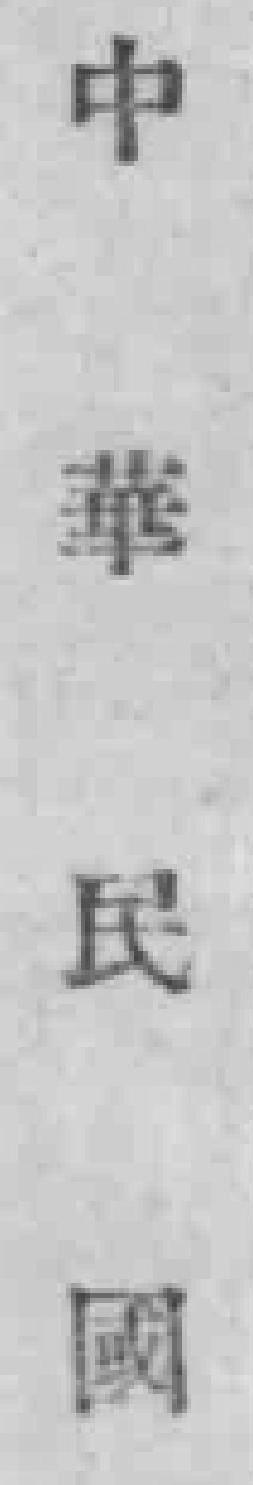
中華民国